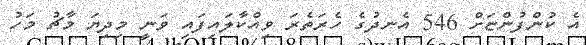
އެ ކުންފުންޏަށް 546 އެނދުގެ ހެރަތެރަ ވިއްކާލައިފައި ވަނީ މިދިޔަ މާޗު މަހު